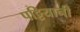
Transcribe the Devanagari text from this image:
पट्टियानी